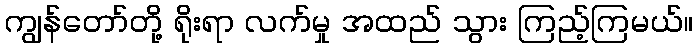
ကျွန်တော်တို့ ရိုးရာ လက်မှု အထည် သွား ကြည့်ကြမယ်။